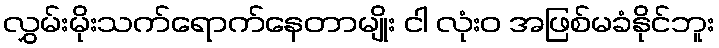
လွှမ်းမိုးသက်ရောက်နေတာမျိုး ငါ လုံးဝ အဖြစ်မခံနိုင်ဘူး